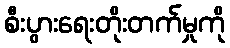
စီးပွားရေးတိုးတက်မှုကို